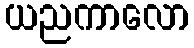
ယညကာလော